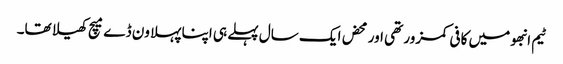
ٹیم انبھو میں کافی کمزور تھی اور محض ایک سال پہلے ہی اپنا پہلا ون ڈے میچ کھیلا تھا۔